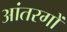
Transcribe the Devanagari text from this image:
आंतरगों